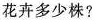
花卉多少株？